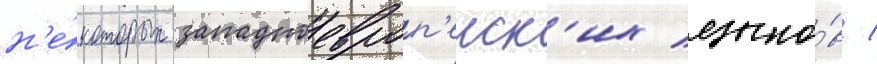
н'е́которых западноевроп'еиск'их языко́в /